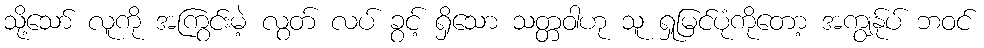
သို့သော် လူကို အကြွင်းမဲ့ လွတ် လပ် ခွင့် ရှိသော သတ္တဝါဟု သူ ရှုမြင်ပုံကိုတော့ အကျွန်ုပ် ဘဝင်